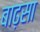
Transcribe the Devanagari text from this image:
बाढ़सा